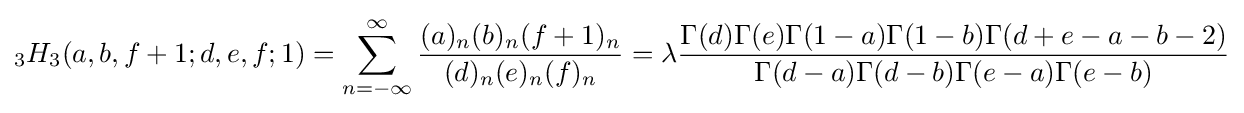
{}_{3}H_{3}(a,b,f+1;d,e,f;1)=\sum _{n=-\infty }^{\infty }{\frac {(a)_{n}(b)_{n}(f+1)_{n}}{(d)_{n}(e)_{n}(f)_{n}}}=\lambda {\frac {\Gamma (d)\Gamma (e)\Gamma (1-a)\Gamma (1-b)\Gamma (d+e-a-b-2)}{\Gamma (d-a)\Gamma (d-b)\Gamma (e-a)\Gamma (e-b)}}